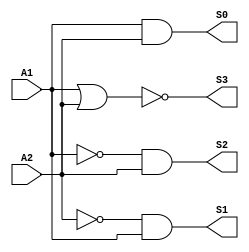
//Projeto 4
//  Elabore um decodificador 2 para 4 utilizando Verilog. 
//  As sadas do decodificador devem ser ativadas em nvel lgico para cada cdigo presente na entrada.
//  Elabore o esquema eltrico do circuito;
//  INSERIR ESQUEMA ELTRICO
//  Elabore a descrio estrutural em Verilog; (ENVIAR PASTA COMPLETA PROJETO QUARTUS V9.1)
//  Faa a simulao e sntese utilizando a ferramenta Quartus II. Para escolha da tecnologia utilize 
//  o dispositivo EP2C20F484C7 e faa a associao os pinos utilizando a documentao do Kit Altera DE0. 
//  (ENVIAR PASTA COMPLETA PROJETO QUARTUS V9.1)

//                   Especificao do Decodificador
//                   ______Entradas___|_____Sadas______
//                          A1	A2	  |  S3	S2	S1	S0

//                          0	0	  |   1  0	0	0
//                          0	1	  |   0  1	0	0
//                          1	0	  |   0  0	1	0
//                          1	1	  |   0  0	0	1
	
	module my_module(S3, S2, S1, S0, A1, A2);
	output S3, S2, S1, S0;
	input A1,A2;
	wire A1_not, A2_not;
	
	nor NOR_1(S3, A1, A2);
	
	not NOT_1 (A1_not, A1);
	and AND_1(S2, A1_not, A2);
	
	not NOT_2 (A2_not, A2);
	and AND_2(S1, A2_not, A1);
	
	and AND_3(S0, A1,A2);
	
	endmodule